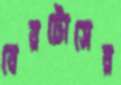
বেরটোসের